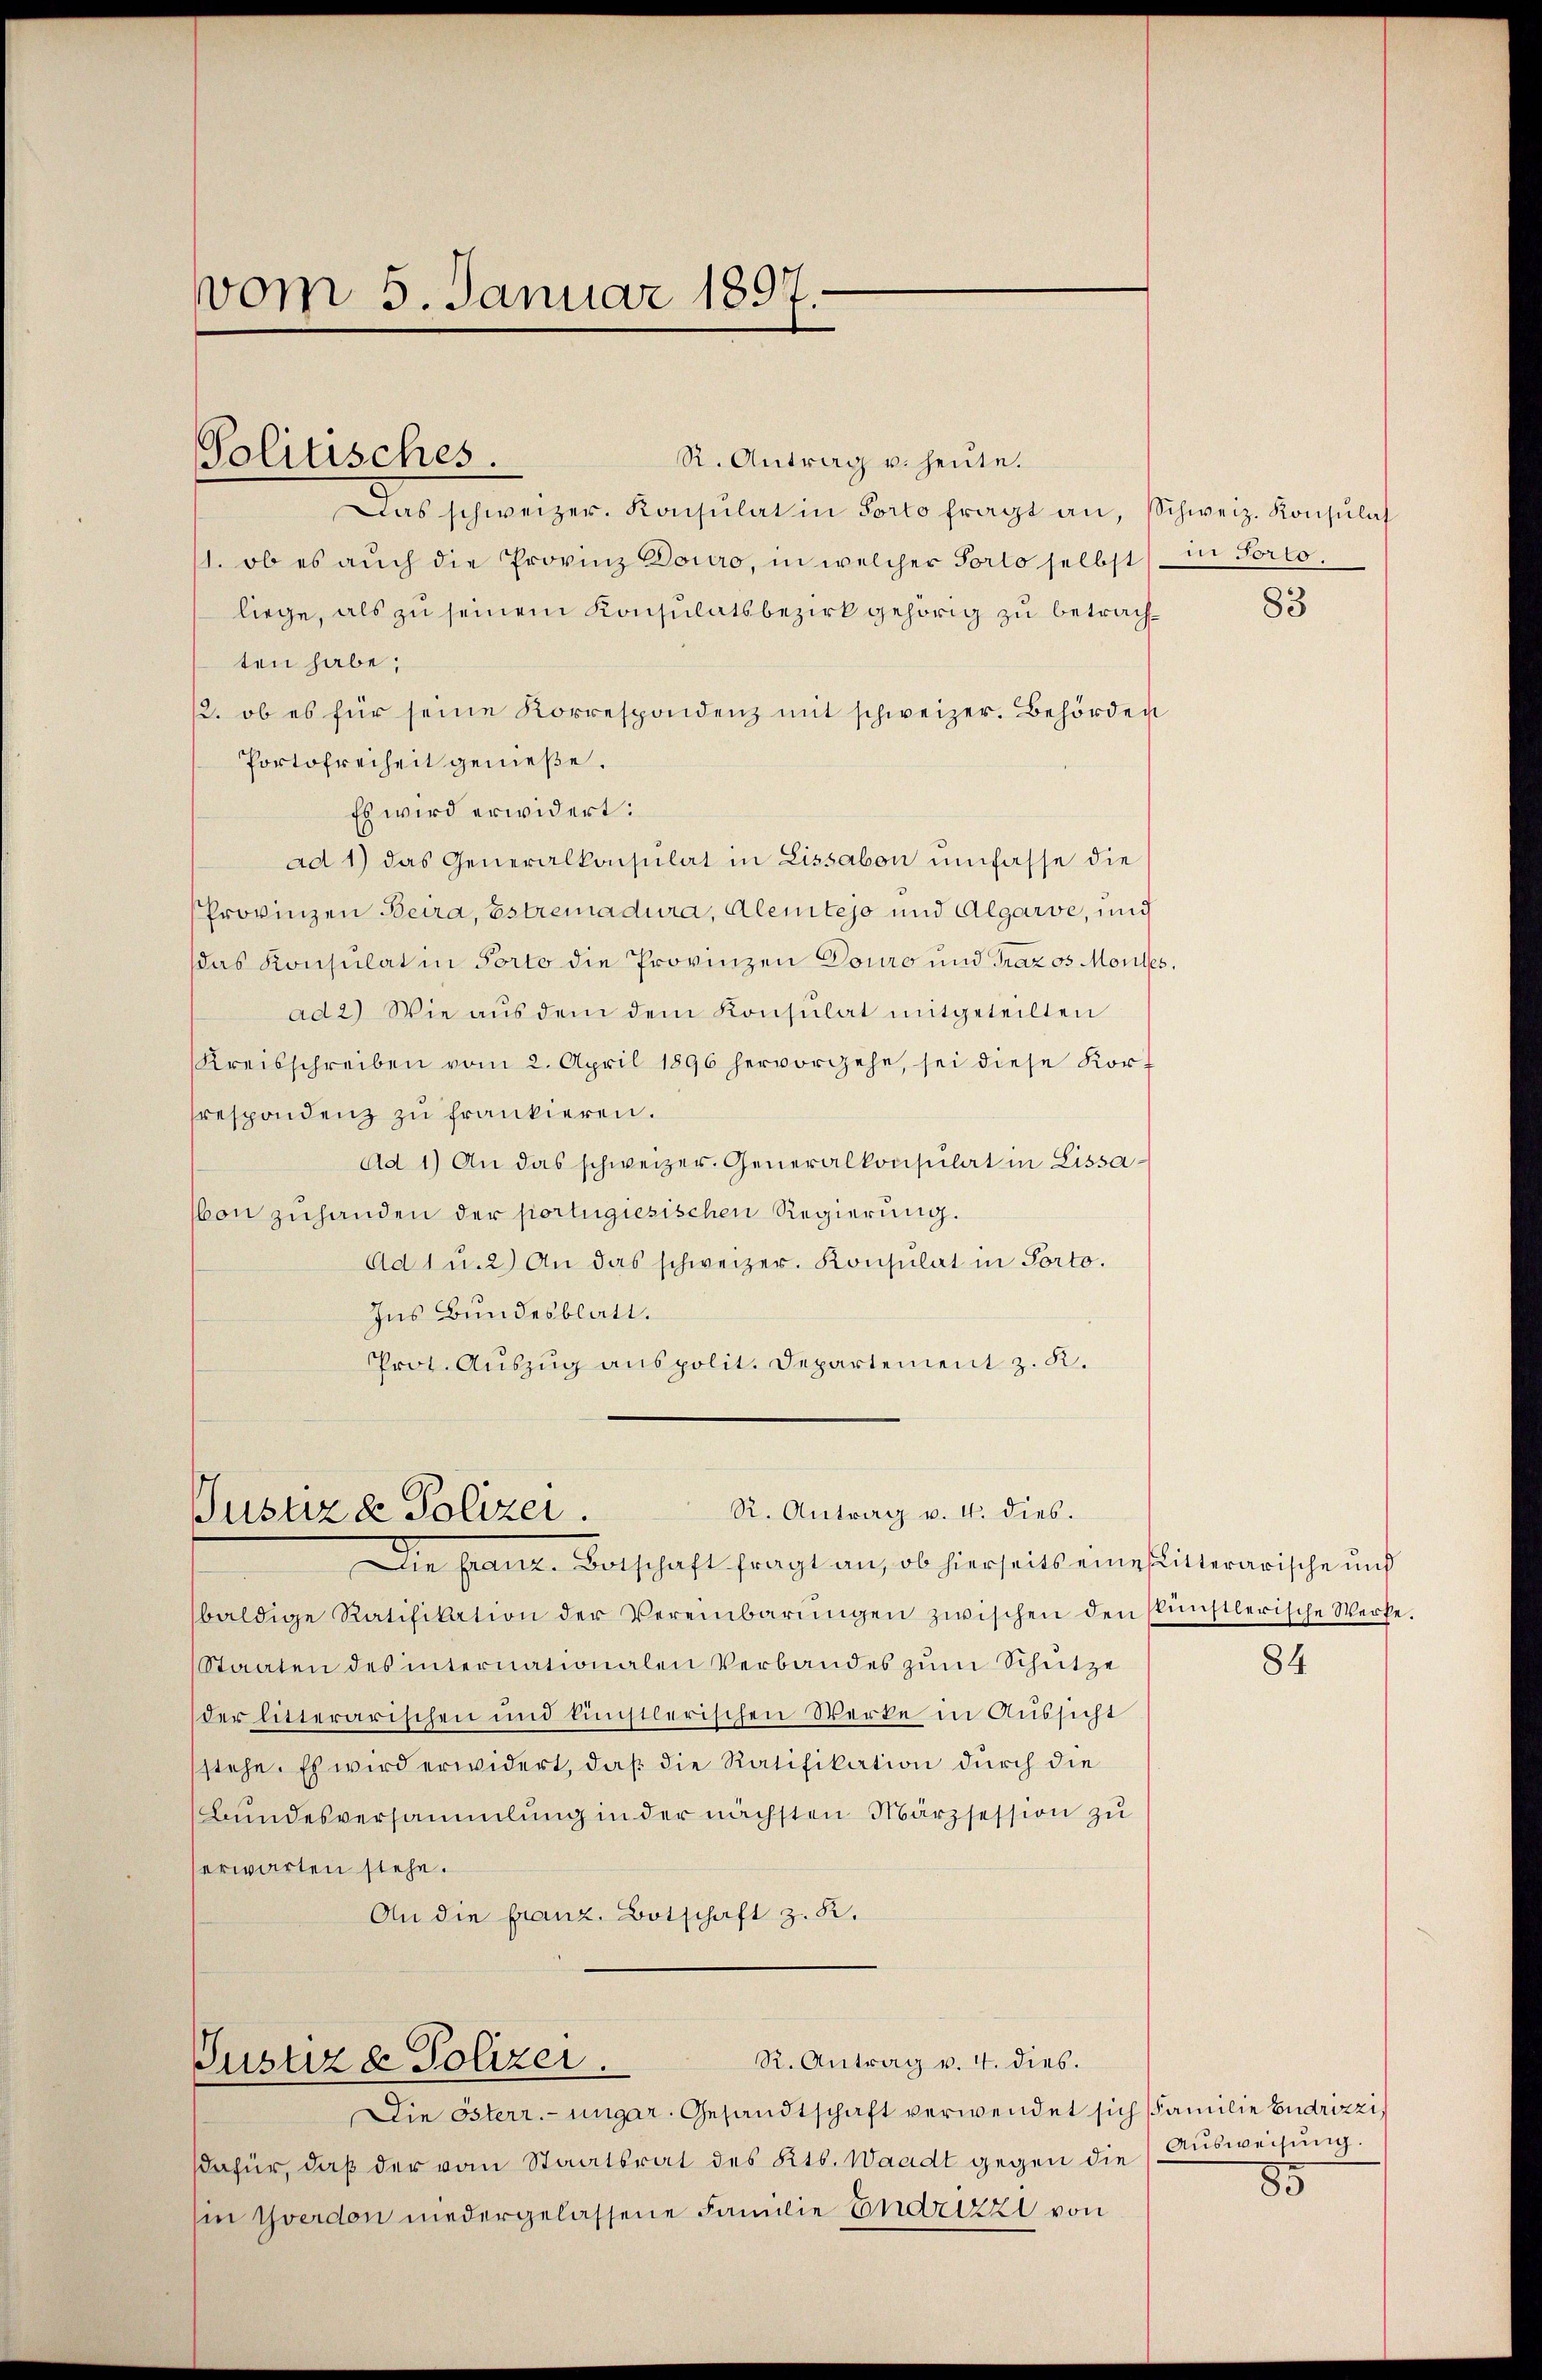
vom 5. Januar 1897.

R. Antrag u. heute.
Das schweizer. Konsulat in Porto fragt an, Schweiz. Konsulat
1. ob es auch die Provinz Douro, in welcher Porto selbst in Porto.
liege, als zu seinem Konsulatsbezirk gehörig zu betrachten habe;
2. ob es für seine Korrespondenz mit schweizer. Behörden
Portofreiheit genieße.
Es wird erwidert:
ad 1) das Generalkonsulat in Lissabon umfasse die
Provinzen Beira, Estremadura, Alemtejo und Algarve, und
das Konsulat in Porto die Provinzen Douro und Graz os Montes,
ad 2) Wie aŭs dem dem Konsulat mitgeteilten
Kreisschreiben vom 2. April 1896 hervorgehe, sei diese Kor-
respondenz zu frankieren.
Ad 1) An das schweizer. Generalkonsulat in Lissa¬
(von zuhanden der portugiesischen Regierung.
Ad 1 u. 2) An das schweizer. Konsulat in Porto.
Ins Bundesblatt.
Prot. Aŭszŭg anspolit. Departement z. K.

Politisches.

R. Antrag v. 4. dies.
Pusuze Polizei.

R. Antrag v. 4. dies.
Justiz & Polizei.

Die Franz. Botschaft fragt an, ob hierseits eine sitterarische und
baldige Ratifikation der Vereinbarŭngen zwischen den künstlerische Werke.
Staaten des internationalen Verbandes zŭm Schütze
der litterarischen und künstlerischen Werke in Aussicht
stehe. Es wird erwidert, daß die Ratifikation durch die
Bŭndesversammlung in der nächsten Märzsession zŭ
erwarten stehe.
An die franz. Botschaft z. R.

Die Österr.-ungar. Gesandtschaft verwendet sich Familie Endrizzi,
dafür, daß der vom Staatsrat des Kts. Waadt gegen die Ausweisung.
in Yverdon niedergelassene Familie Endrizzi von

83

84

85